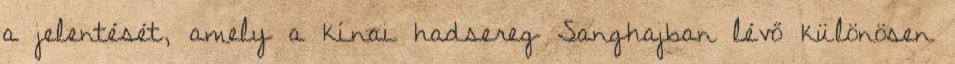
a jelentését, amely a kínai hadsereg Sanghajban lévő különösen